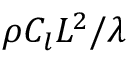
\rho C _ { l } L ^ { 2 } / \lambda